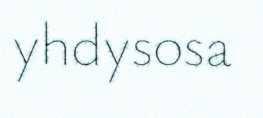
yhdysosa